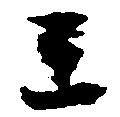
王